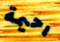
رحيمة